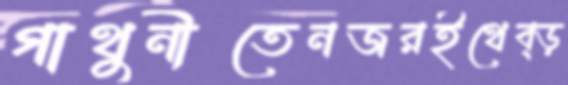
গাথুনীতেনজরইথেব্‌ড়